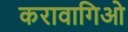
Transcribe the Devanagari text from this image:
करावागिओ